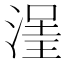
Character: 𣹽